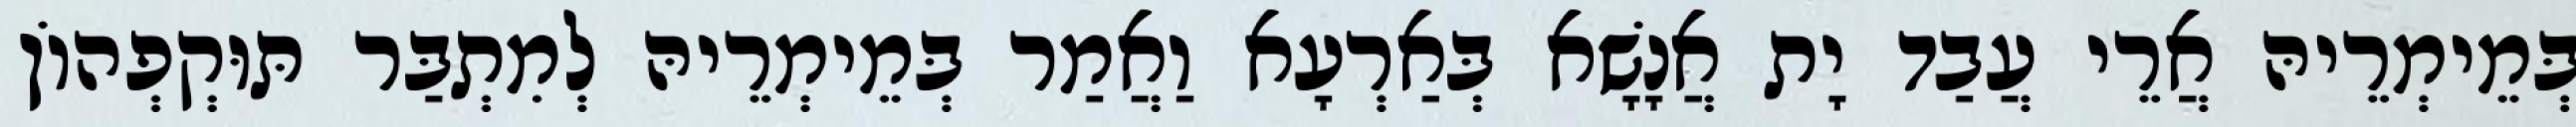
בְּמֵימְרֵיהּ אֲרֵי עֲבַד יָת אֲנָשָׁא בְּאַרְעָא וַאֲמַר בְּמֵימְרֵיהּ לְמִתְבַּר תּוּקְפְהוֹן